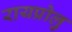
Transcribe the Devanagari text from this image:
रायप्रोलु